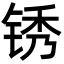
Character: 锈